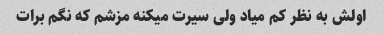
اولش به نظر کم میاد ولی سیرت میکنه مزشم که نگم برات